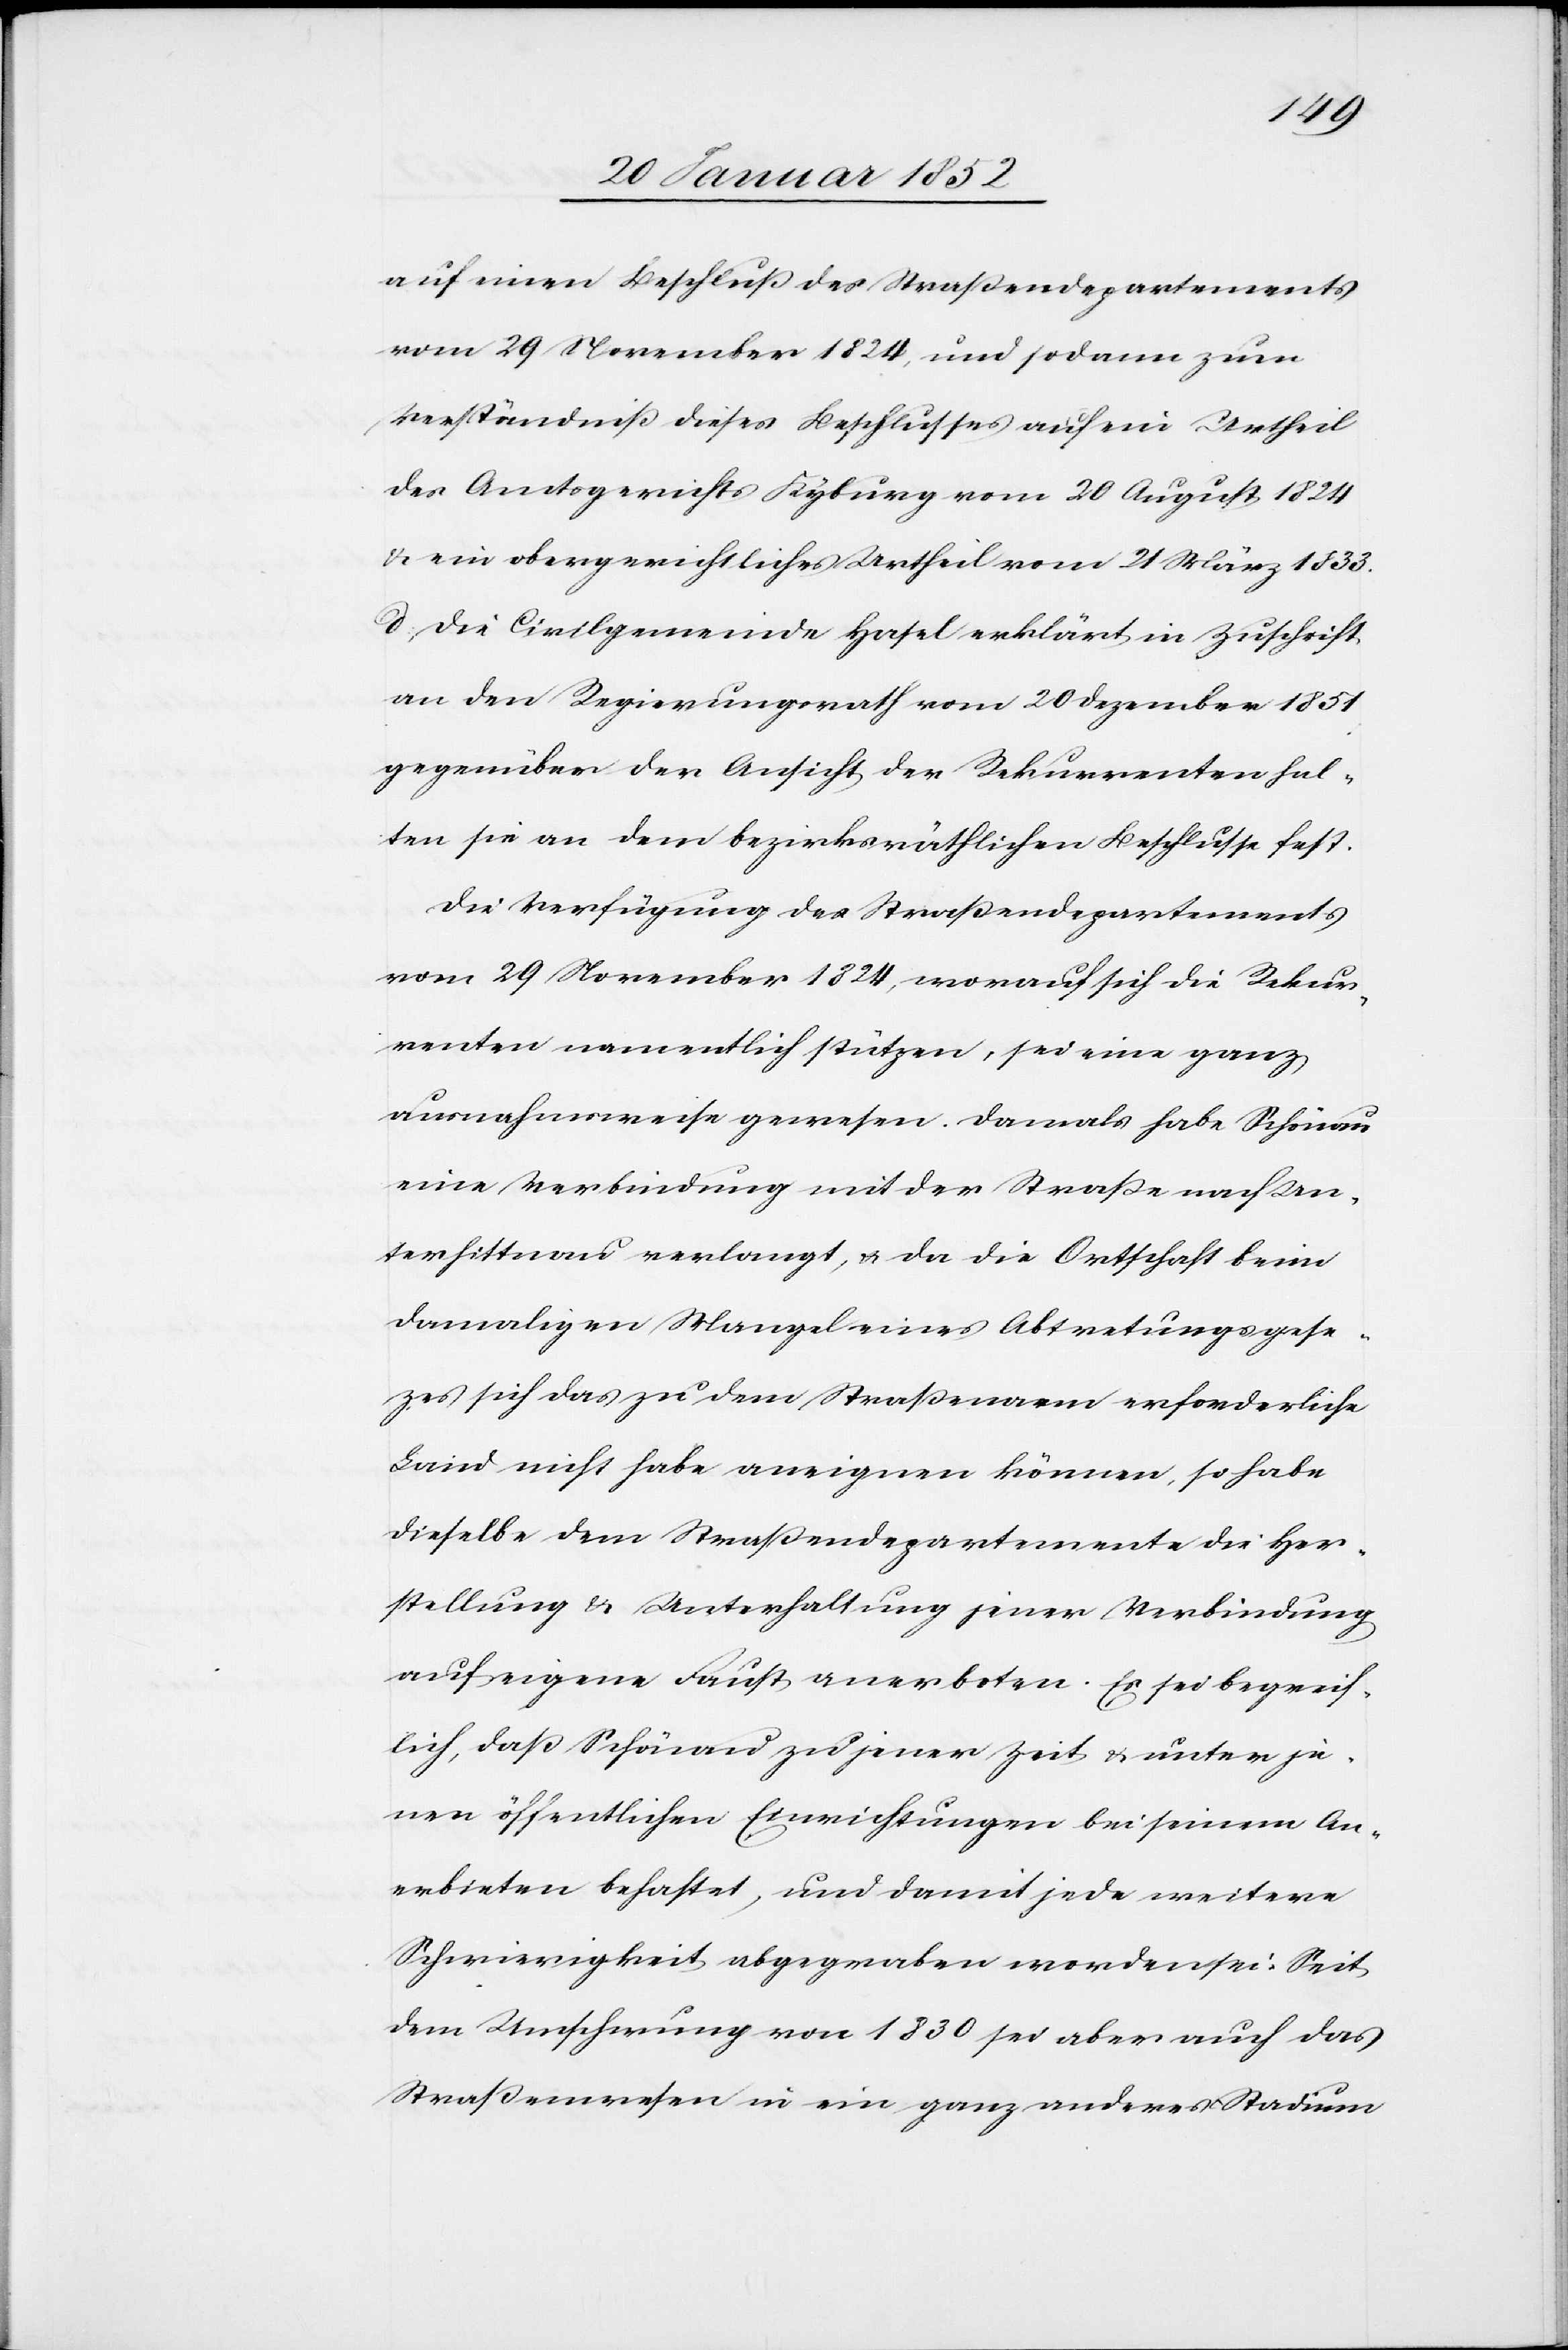
auf einen Beschluß des Straßendepartements
vom 29 November 1824, und sodann zum
Verständnis dieses Beschlußes auf ein Urtheil
des Amtsgerichts Kyburg vom 20 August 1824
u. ein obergerichtliches Urtheil vom 21 März 1833.
u. die Civilgemeinde Hasel erklärt in Zuschrift
an den Regierungsrath vom 20 Dezember 1851
gegenüber der Ansicht der Rekurrenten hal¬
ten sie an dem bezirksräthlichen Beschlusse fest.
Die Verfügung des Straßendepartements
vom 29 November 1824, worauf sich die Rekur¬
renten namentlich stützen, sei eine ganz
ausnahmsweise gewesen. Damals habe Schönau
eine Verbindung mit der Straße nach Un¬
terhittnau verlangt, u. da die Ortschaft beim
damaligen Mangeln eines Abtretungsgeset¬
zes sich das zu dem Straßenarm erforderliche
Land nicht habe aneignen können, so habe
dieselbe dem Straßendepartemente die Her¬
stellung u. Unterhaltung jener Verbindung
auf eigene Haut anerboten. Es sei begreif¬
lich, daß Schönau zu jener Zeit u. unter je¬
nen öffentlichen Einrichtungen bei seinem An¬
erbieten behaftet, und damit jede weitere
Schwierigkeit abgegraben worden sei. Seit
dem Umschwung von 1830 sei aber auch das
Straßenwesen in ein ganz anderes Stadium